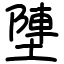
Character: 塦